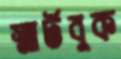
স্মার্টবুক